Insane asylums in Bengal annual reports 1867-1875 - 1867-1875
Year: 1867
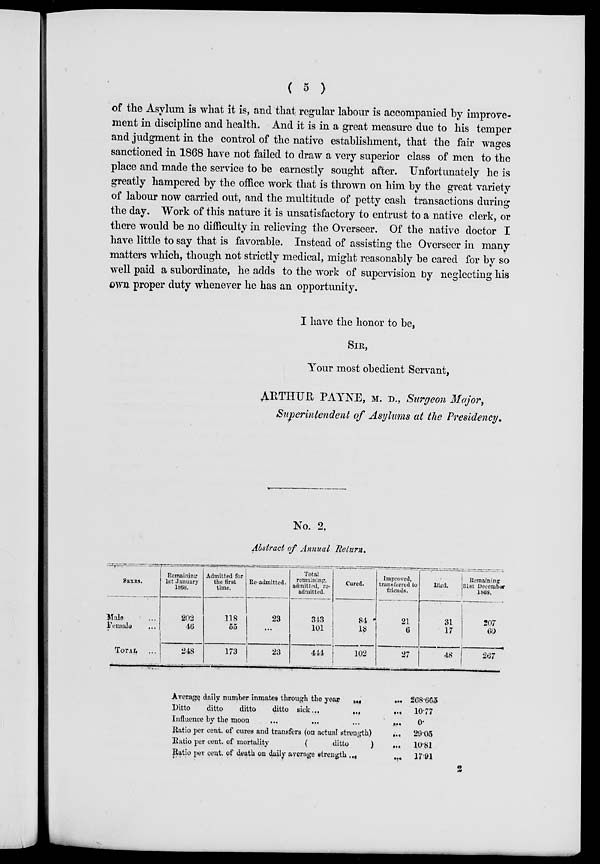
( 5 )
of the Asylum is what it is, and that regular labour is accompanied by improve-
ment in discipline and health. And it is in a great measure due to his temper
and judgment in the control of the native establishment, that the fair wages
sanctioned in 1868 have not failed to draw a very superior class of men to the
place and made the service to be earnestly sought after. Unfortunately he is
greatly hampered by the office work that is thrown on him by the great variety
of labour now carried out, and the multitude of petty cash transactions during
the day. Work of this nature it is unsatisfactory to entrust to a native clerk, or
there would be no difficulty in relieving the Overseer. Of the native doctor I
have little to say that is favorable. Instead of assisting the Overseer in many
matters which, though not strictly medical, might reasonably be cared for by so
well paid a subordinate, he adds to the work of supervision by neglecting his
own proper duty whenever he has an opportunity.
I have the honor to be,
SIR,
Your most obedient Servant,
ARTHUR PAYNE, M. D., Surgeon Major,
Superintendent of Asylums at the Presidency.
No. 2.
Abstract of Annual Return.
SEXES.
Male ...
Female ...
TOTAL ...
Remaining
1st January
1868.
202
46
248
Admitted for
the first
time.
118
55
173
Re-admitted.
23
...
23
Total
remaining,
admitted, re-
admitted.
343
101
444
Cured.
84
18
102
Improved,
transferred to
friends.
21
6
27
Died.
31
17
48
Remaining
31st December
1868.
207
60
267
Average daily number inmates through the year
...
...
Ditto
ditto
ditto
ditto sick.
...
...
...
Influence by the moon
...
...
...
Ratio per cent. of cures and transfers (on actual strength)
...
Ratio per cent. of mortality
(
ditto
)
Ratio per cent. of death on daily average strength
...
268.665
10.77
0.
29.05
10.81
17.91
2